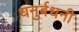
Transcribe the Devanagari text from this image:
धनुर्बधनी